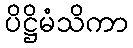
ပိဋ္ဌိမံသိကာ